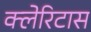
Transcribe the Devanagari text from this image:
क्लेरिटास